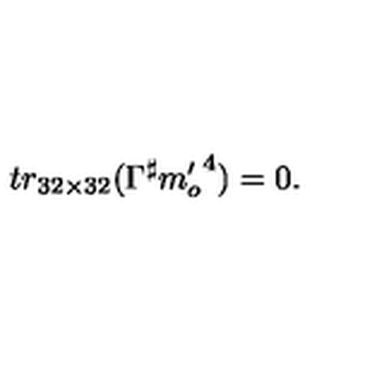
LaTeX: t r _ { 3 2 \times 3 2 } ( \Gamma ^ { \sharp } { m _ { o } ^ { \prime } } ^ { 4 } ) = 0 .